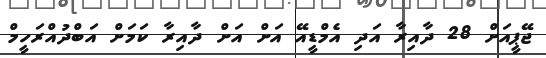
ޖޭޕީއަށް 28 ދާއިރާ އަދި އެމްޑީއޭ އަށް އަށް ދާއިރާ ކަމަށް އަބްދުއްރަހީމް